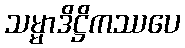
သမ္မာဒိဋ္ဌိကဿပေ